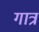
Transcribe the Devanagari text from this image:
गात्र